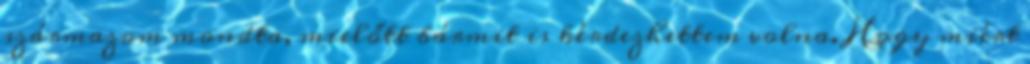
származom mondta, mielőtt bármit is kérdezhettem volna. Hogy miért